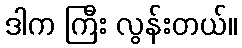
ဒါက ကြီး လွန်းတယ်။